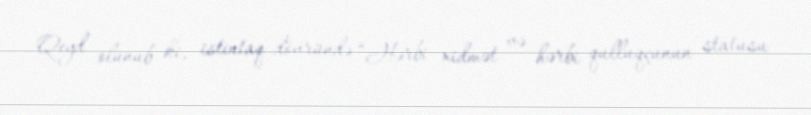
Qeyd olunub ki, istintaq dövründə “Hərbi xidmət və hərbi qulluqçunun statusu